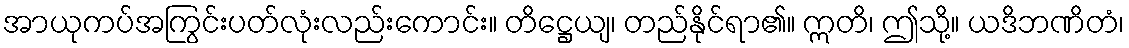
အာယုကပ်အကြွင်းပတ်လုံးလည်းကောင်း။ တိဋ္ဌေယျ၊ တည်နိုင်ရာ၏။ ဣတိ၊ ဤသို့။ ယဒိဘဏိတံ၊